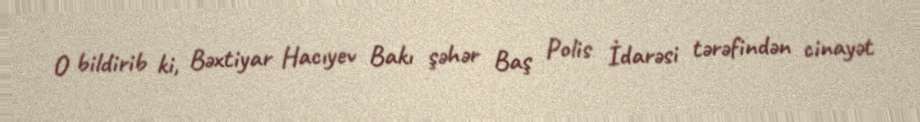
O bildirib ki, Bəxtiyar Hacıyev Bakı şəhər Baş Polis İdarəsi tərəfindən cinayət